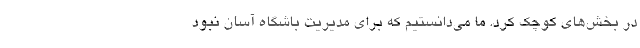
در بخش‌های کوچک کرد. ما می‌دانستیم که برای مدیریت باشگاه آسان نبود